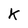
Character: K